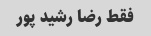
فقط رضا رشید پور